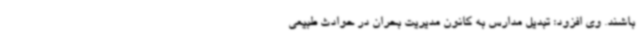
باشند. وی افزود: تبدیل مدارس به کانون مدیریت بحران در حوادث طبیعی